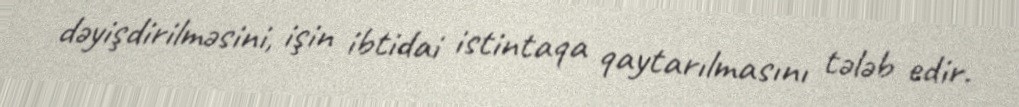
dəyişdirilməsini, işin ibtidai istintaqa qaytarılmasını tələb edir.